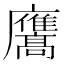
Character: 𭚑